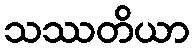
သဿတိယာ